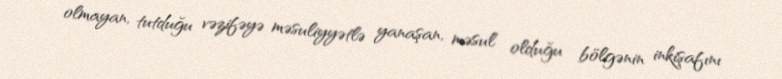
olmayan, tutduğu vəzifəyə məsuliyyətlə yanaşan, məsul olduğu bölgənin inkişafını